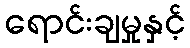
ရောင်းချမှုနှင့်